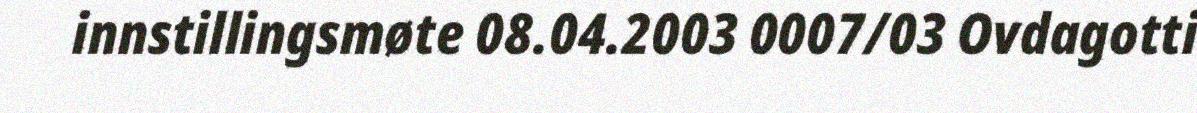
innstillingsmøte 08.04.2003 0007/03 Ovdagotti